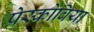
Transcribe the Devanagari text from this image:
प्रेस्कोविया